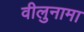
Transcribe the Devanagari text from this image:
वीलुनामा